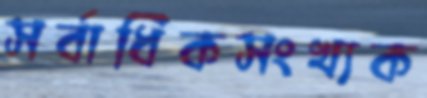
সর্বাধিকসংখ্যক